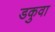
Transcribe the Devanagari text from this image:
डकुवा